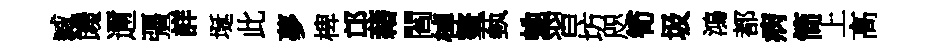
臧饞邇彊詳埏此夢椑邙藉閻棹鳌蓺虵習坊咫筍圾鴻都病简上高